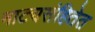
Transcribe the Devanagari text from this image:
नाट्यसंहितेत